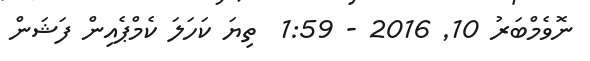
ނޮވެމްބަރު 10